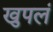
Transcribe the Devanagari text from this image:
खुपलं